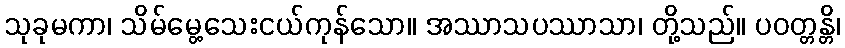
သုခုမကာ၊ သိမ်မွေ့သေးငယ်ကုန်သော။ အဿာသပဿာသာ၊ တို့သည်။ ပဝတ္တန္တိ၊